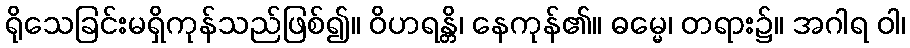
ရိုသေခြင်းမရှိကုန်သည်ဖြစ်၍။ ဝိဟရန္တိ၊ နေကုန်၏။ ဓမ္မေ၊ တရား၌။ အဂါရ ဝါ၊